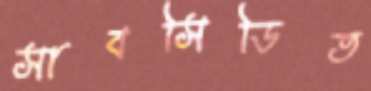
সাবসিডিত